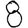
Digit: 8